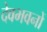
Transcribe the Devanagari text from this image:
देवभवनों